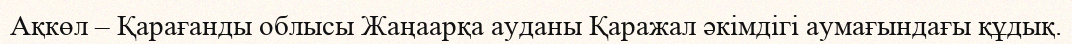
Ақкөл – Қарағанды облысы Жаңаарқа ауданы Қаражал әкімдігі аумағындағы құдық.